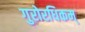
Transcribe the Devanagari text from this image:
गुरोरधिकम्